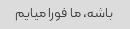
باشه، ما فورا میایم